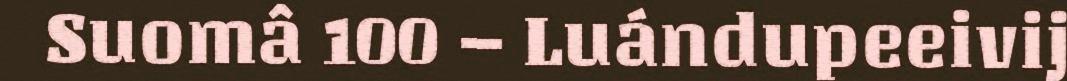
Suomâ 100 – Luándupeeivij